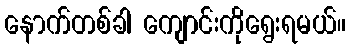
နောက်တစ်ခါ ကျောင်းကိုရွေးရမယ်။